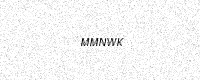
Text: MMNWK